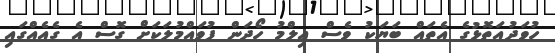
ހުވަދުއަތޮޅުގެ އެތައް ބަޔަކު ވެސް ޢިލްމު ހޯދަން ފުވައްމުލަކަށް ގޮސް އެ ގެއެއްގައި